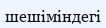
шешіміндегі